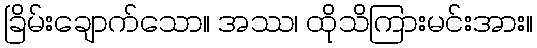
ခြိမ်းချောက်သော။ အဿ၊ ထိုသိကြားမင်းအား။